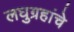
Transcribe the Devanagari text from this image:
लघुग्रहांचे